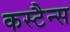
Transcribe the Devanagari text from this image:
कस्टैन्स